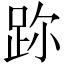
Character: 䟢